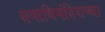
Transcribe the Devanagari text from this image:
समाधिमंदिराच्या